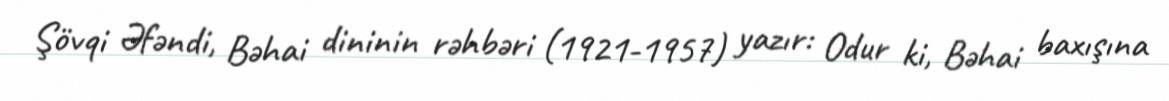
Şövqi Əfəndi, Bəhai dininin rəhbəri (1921-1957) yazır: Odur ki, Bəhai baxışına